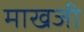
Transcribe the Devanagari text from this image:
माखजी